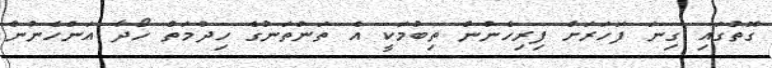
ގޮތުގައި ގިނަ ފަހަރަށް ފިރިހެނުން ތިބުމަކީ އެ ތަންތަނުގެ ހިދުމަތް ހޯދާ އަންހެނުން